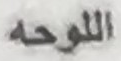
اللوحه